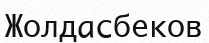
Жолдасбеков